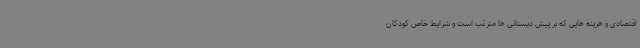
اقتصادی و هزینه هایی که بر پیش دبستانی ها مترتب است و شرایط خاص کودکان